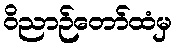
ဝိညာဉ်တော်ထံမှ